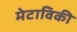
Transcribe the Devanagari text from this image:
मेटाविकी